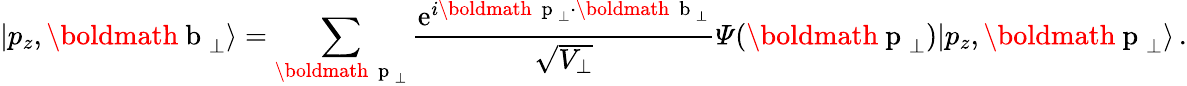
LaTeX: |p_{z},\mathrm{\boldmath~b~}_{\perp}\rangle=\sum_{\mathrm{\boldmath~{\scriptstyle~p}~}_{\perp}}\frac{\mathrm{e}^{i\mathrm{\boldmath~{\scriptstyle~p}~}_{\perp}\cdot\mathrm{\boldmath~{\scriptstyle~b}~}_{\perp}}}{\sqrt{V_{\perp}}}{\mit\Psi}(\mathrm{\boldmath~p~}_{\perp})|p_{z},\mathrm{\boldmath~p~}_{\perp}\rangle\, .